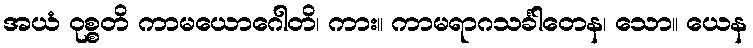
အယံ ဝုစ္စတိ ကာမယောဂေါတိ၊ ကား။ ကာမရာဂသင်္ခါတေန၊ သော။ ယေန